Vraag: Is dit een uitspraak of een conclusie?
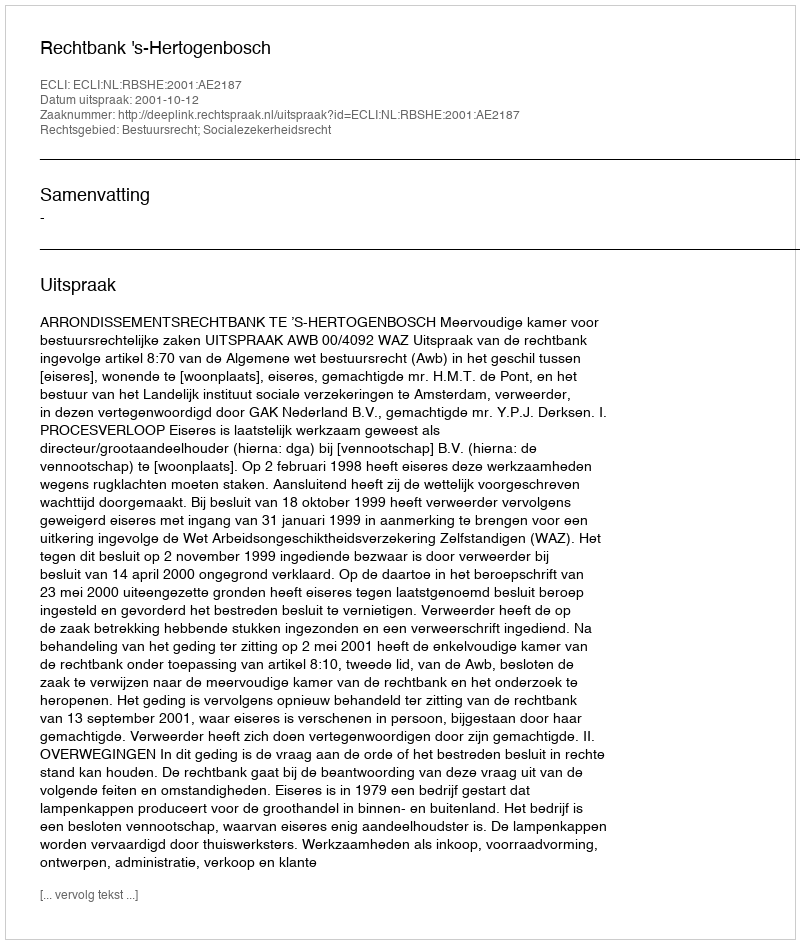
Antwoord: Uitspraak